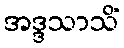
အဒ္ဒသာသိံ